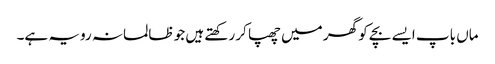
ماں باپ ایسے بچے کو گھر میں چھپا کر رکھتے ہیں جو ظالمانہ رویہ ہے۔